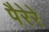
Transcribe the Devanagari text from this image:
पैरेरे